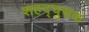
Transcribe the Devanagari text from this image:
शहद्चुसक